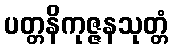
ပတ္တနိကုဇ္ဇနသုတ္တံ